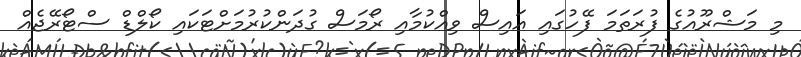
މި މަޝްރޫއުގެ ފުރަތަމަ ފޭހުގައި އައިސް ވިއްކުމާއި ރޯމަސް ގުދަންކުރުމަށްޓަކައި ކޯލްޑް ސްޓޯރޭޖެއް